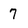
Character: 7